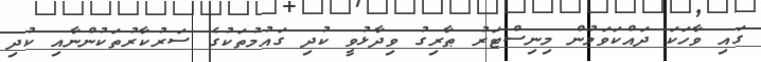
ގައި ވާހަކަ ދައްކަވަމުން މިނިސްޓަރު ޠާރިގު ވިދާޅުވީ ކުދި ގައުމުތަކުގެ ސަރުކާރުތަކުންނާއި ކުދި